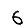
Digit: 6